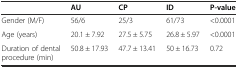
|  | AU | CP | ID | P-value |
 | --- | --- | --- | --- | --- |
 | Gender (M/F) | 56/6 | 25/3 | 61/73 | <0.0001 |
 | Age (years) | 20.1 ± 7.92 | 27.5 ± 5.75 | 26.8 ± 5.97 | <0.0001 |
 | Duration of dental procedure (min) | 50.8 ± 17.93 | 47.7 ± 13.41 | 50 ± 16.73 | 0.72 |